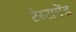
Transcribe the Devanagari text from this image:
टेस्टामेंड